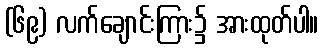
(၆၉) လက်ချောင်းကြား၌ အားထုတ်ပါ။